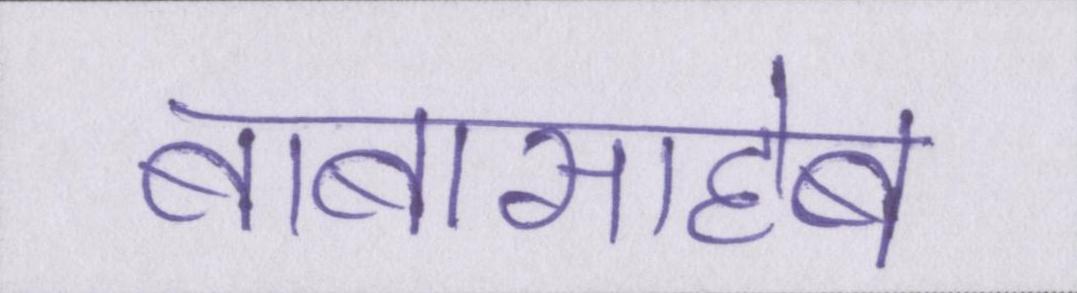
बाबासाहेब